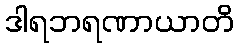
ဒါရဘရဏာယာတိ